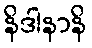
နိဒါနာနိ